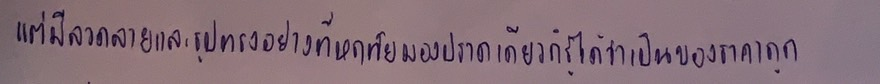
แต่มีลวดลายและรูปทรงอย่างที่หฤทัยมองปราดเดียวก็รู้ได้ว่าเป็นของราคาถูก